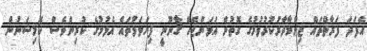
އެފަދަ ފަރާތްތައް ޒިންމާދާރުކުރުވުމުގެ ގޮތުން އަޅަންޖެހޭ ޤާނޫނީ ފިޔަވަޅުތައް އެޅުމުގެ ކުރިންވެސް ކޮމިޝަނުން